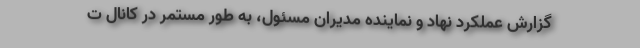
گزارش عملکرد نهاد و نماینده مدیران مسئول، به طور مستمر در کانال ت